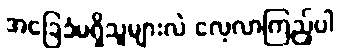
အခြေခံမရှိသူများလဲ လေ့လာကြည့်ပါ